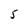
Character: 5